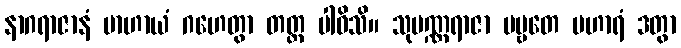
နာဂရာဇာနံ ဗာဟာယံ ဂဟေတွာ တတ္ထ ပါဝိသိ။ သုပဏ္ဏရာဇာ ပဗ္ဗတေ ပဟာရံ ဒတွာ